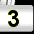
Digit: 3